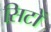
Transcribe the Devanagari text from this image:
सिटों